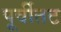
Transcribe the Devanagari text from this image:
पूर्वीतट